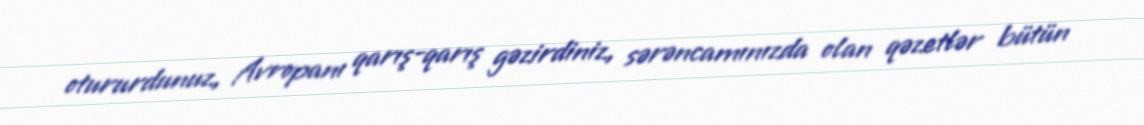
otururdunuz, Avropanı qarış-qarış gəzirdiniz, sərəncamınızda olan qəzetlər bütün